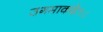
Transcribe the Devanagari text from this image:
उगमाकडे१८